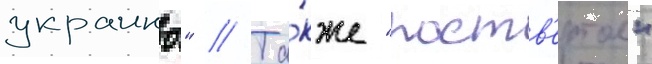
украины" // Та́кже "роств'ертол"